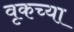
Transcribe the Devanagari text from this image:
वृकच्या